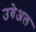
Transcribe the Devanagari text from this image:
उवेअल